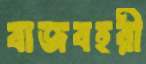
বাজবহরী